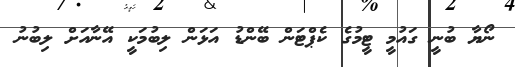
ނޯޔާ ބުނީ ގައުމީ ޓީމުގެ ކެޕްޓަން ބޭންޑު އަޅަން ލިބުމަކީ އޭނާއަށް ލިބުނު